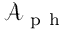
\mathcal { A } _ { \mathrm { ~ p ~ h ~ } }